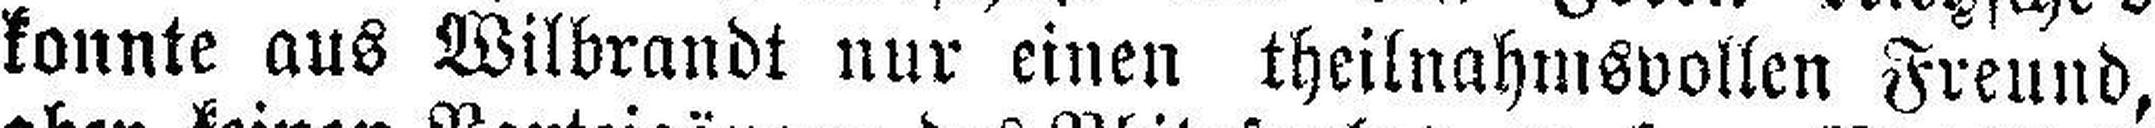
konnte aus Wilbrandt nur einen theilnahmsvollen Freund,